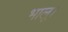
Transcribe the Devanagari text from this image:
भालू।